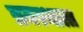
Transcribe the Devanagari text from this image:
त्रयस्थाला